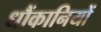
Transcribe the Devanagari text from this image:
धौंकानियों